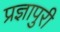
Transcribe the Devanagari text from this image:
प्रज्ञापुरी